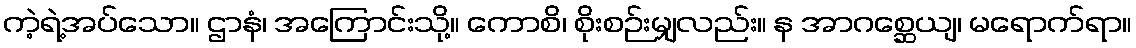
ကဲ့ရဲ့အပ်သော။ ဌာနံ၊ အကြောင်းသို့။ ကောစိ၊ စိုးစဉ်းမျှလည်း။ န အာဂစ္ဆေယျ၊ မရောက်ရာ။